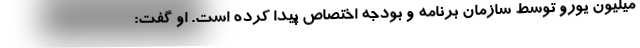
میلیون یورو توسط سازمان برنامه و بودجه اختصاص پیدا کرده است. او گفت: